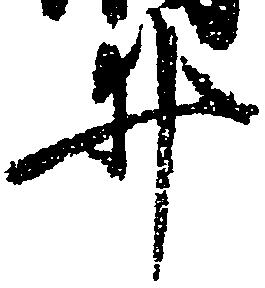
井